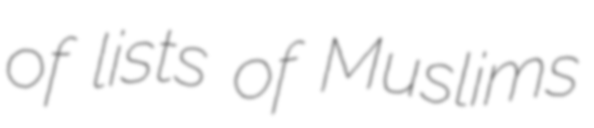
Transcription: of lists of Muslims